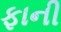
ફાની